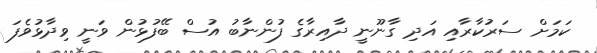
ކަމަށް ސަރުކާރާއި އަދި ގާނޫނީ ދާއިރާގެ ފުންނާބު އުސް ބޭފުޅުން ވަނީ ވިދާޅުވެފަ